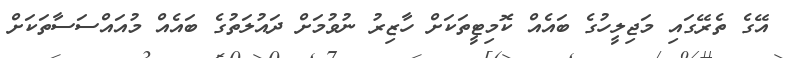
އޭގެ ތެރޭގައި މަޖިލީހުގެ ބައެއް ކޮމިޓީތަކަށް ހާޒިރު ނުވުމަށް ދައުލަތުގެ ބައެއް މުއައްސަސާތަކަށް